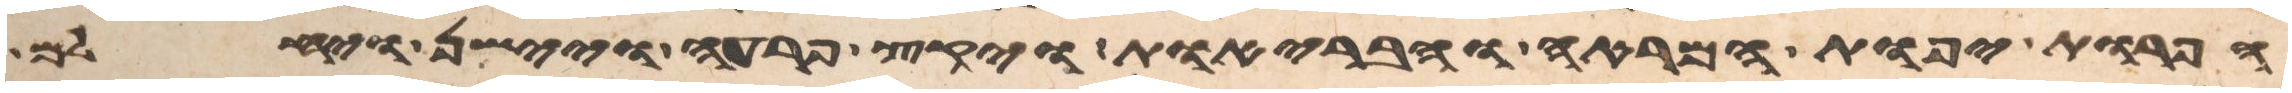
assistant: הפרות יפות המראה והבריות ויקץ פרעה ויישן ויחלם